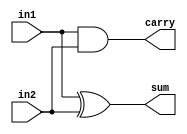
`timescale 1ns / 1ps

module halfadder(sum,carry,in1,in2);
    output sum;
    output carry;
    input in1,in2;
    xor x1(sum,in1,in2);
    and a1(carry,in1,in2);
endmodule